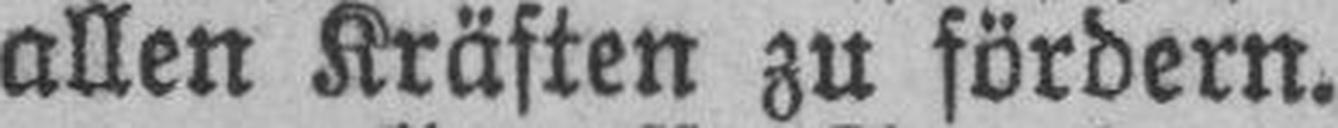
allen Kräften zu fördern.